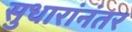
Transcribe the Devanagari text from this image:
सुधारांनंतर